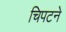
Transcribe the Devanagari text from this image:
चिपटने